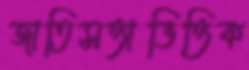
জাতিসত্তাভিত্তিক